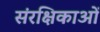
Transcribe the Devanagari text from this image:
संरक्षिकाओं